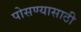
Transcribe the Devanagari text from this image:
पोसण्यासाठी